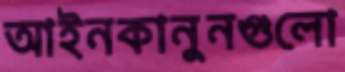
আইনকানুনগুলো